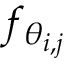
f _ { \theta _ { i , j } }